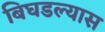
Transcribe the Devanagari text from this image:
बिघडल्यास